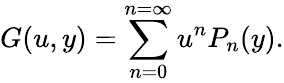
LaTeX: G(u,y)=\sum_{n=0}^{n=\infty}u^{n}P_{n}(y).